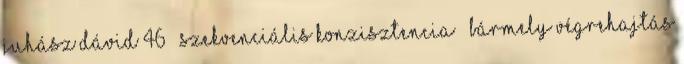
Juhász Dávid 46 Szekvenciális konzisztencia ● Bármely végrehajtás